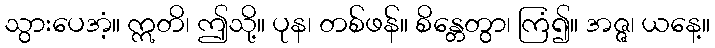
သွားပေအံ့။ ဣတိ၊ ဤသို့။ ပုန၊ တစ်ဖန်။ စိန္တေတွာ၊ ကြံ၍။ အဇ္ဇ၊ ယနေ့။